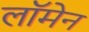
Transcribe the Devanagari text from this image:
लॉमेन